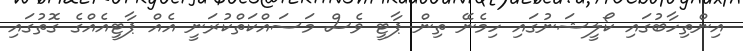
އިންތިހާބުގައި ކޯލީޝަނުގައި ހިމެނޭ ތިން ޕާޓީ ވެސް މަސައްކަތްކުރަނީ އެއް ޕާޓީއެއްގެ ގޮތުގައި